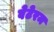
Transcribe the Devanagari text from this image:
वेटेरम